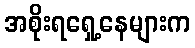
အစိုးရရှေ့နေများက